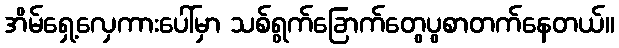
အိမ်ရှေ့လှေကားပေါ်မှာ သစ်ရွက်ခြောက်တွေပွစာတက်နေတယ်။